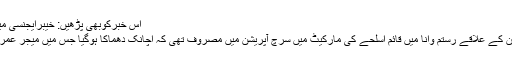
اس خبرکوبھی پڑھیں: خیبرایجنسی میں سیکیورٹی فورسزکی کارروائی میں11 دہشت گرد ہلاک
آئی ایس پی آر کے مطابق پاک فوج کی ٹیم جنوبی وزیرستان کے علاقے رستم وانا میں قائم اسلحے کی مارکیٹ میں سرچ آپریشن میں مصروف تھی کہ اچانک دھماکا ہوگیا جس میں میجر عمران شہید اور ایک افسر سمیت 6 جوان زخمی بھی ہوئے ہیں۔